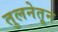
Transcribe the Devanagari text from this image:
तुलनेतून